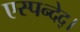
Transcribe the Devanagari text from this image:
एस्पन्देद्।